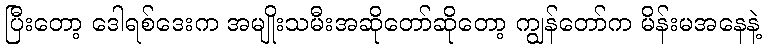
ပြီးတော့ ဒေါရစ်ဒေးက အမျိုးသမီးအဆိုတော်ဆိုတော့ ကျွန်တော်က မိန်းမအနေနဲ့